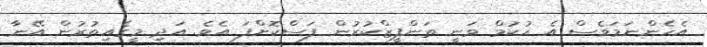
އެހެންނަމަވެސް އެ ހުކުމް ވަނީ ތަންފީޒްކުރުން ފަސްކޮށްފަ އެވެ. އަދި މީގެއިތުރުން އޭނާ